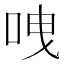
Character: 㖂